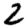
Digit: 2